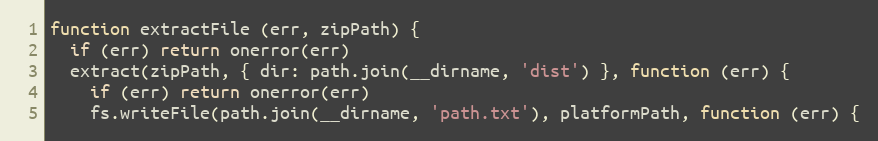
Language: JavaScript
function extractFile (err, zipPath) {
  if (err) return onerror(err)
  extract(zipPath, { dir: path.join(__dirname, 'dist') }, function (err) {
    if (err) return onerror(err)
    fs.writeFile(path.join(__dirname, 'path.txt'), platformPath, function (err) {